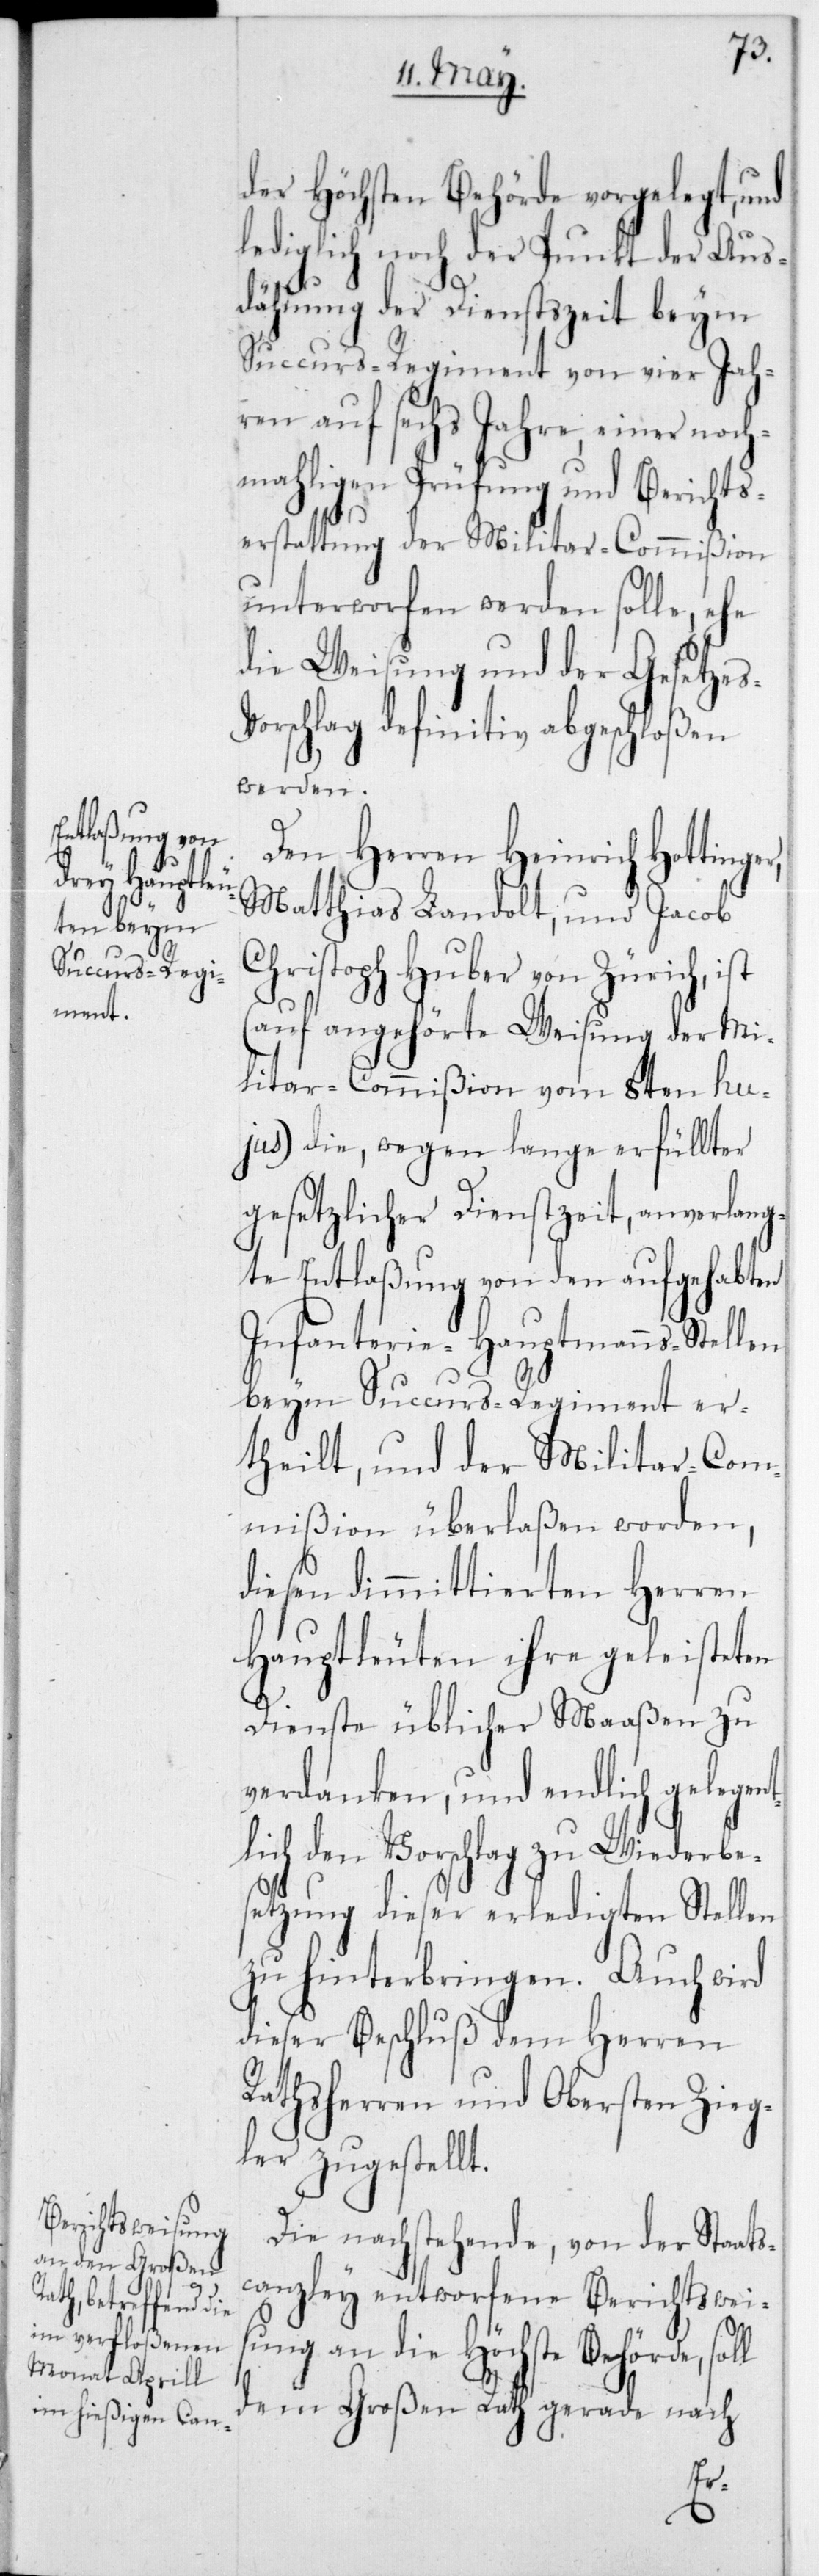
s-V¬
der Höchsten Behörde vorgelegt, und
lediglich noch der Punkt der Aus¬
dehnung der Dienstszeit beym
Succurs-Regiment von vier Jah¬
ren auf sechs Jahre einer noch¬
mahligen Prüfung und Berichts¬
erstattung der Militar-Commißion
unterworfen werden solle, ehe
die Weisung und der Gesetze¬
orschlag definitiv abgeschloßen
werden.
Den Herren Heinrich Hottinger,
Matthias Landolt und Jacob
Christoph Huber von Zürich, ist
(auf angehörte Weisung der Mi¬
litar-Commißion vom 8ten hu¬
jus) die, wegen lange erfüllter
gesetzlicher Dienstzeit, anverlang¬
te Entlaßung von den aufgehabten
Infanterie-Hauptmanns-Stellen
beim Succurs-Regiment er¬
theilt, und der Militar-Com¬
mißion überlaßen worden,
diesen dimmittierten Herren
Hauptleuten ihre geleisteten
Dienste üblicher Maaßen zu
verdanken, und endlich gelegent¬
ich den Vorschlag zu Wiederbe¬
setzung dieser erledigten Stellen
zu hinterbringen. Auch wird
dieser Beschluß dem Herren
Rathsherren und Obersten Zieg¬
ler zugestellt.
Die nachstehende, von der Staats¬
canzley entworfene Berichtswei¬
sung an die Höchste Behörde,
dem Großen Rath gerade nach
l¬